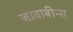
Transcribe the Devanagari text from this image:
जावाबीन्स